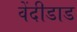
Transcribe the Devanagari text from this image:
वेंदीडाड